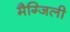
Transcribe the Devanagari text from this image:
मैग्जिली